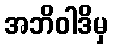
အဘိဝါဒိမှ